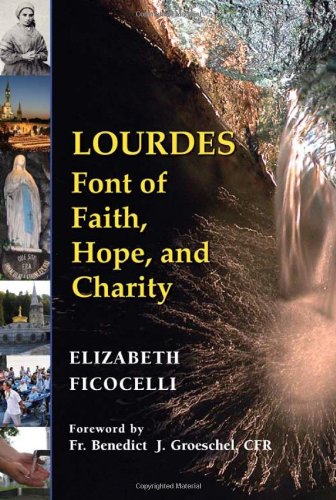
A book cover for Lourdes: Font of Faith, Hope, and Charity; Elizabeth Ficocelli; Christian Books & Bibles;